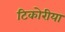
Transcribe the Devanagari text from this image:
टिकोरीया